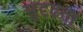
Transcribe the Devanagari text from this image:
सुदृढता